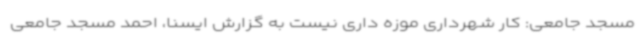
مسجد جامعی: کار شهرداری موزه داری نیست به گزارش ایسنا، احمد مسجد جامعی